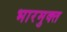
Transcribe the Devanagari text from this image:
भारमुक्त